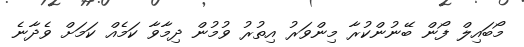
މޯބައިލް ފޯން ބޭނުންކުރާ މިންވަރު އިތުރު ވުމުން ދިމާވާ ކަމެއް ކަމަށް ވެދާނެ